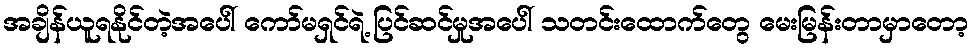
အချိန်ယူရနိုင်တဲ့အပေါ် ကော်မရှင်ရဲ့ ပြင်ဆင်မှုအပေါ် သတင်းထောက်တွေ မေးမြန်းတာမှာတော့